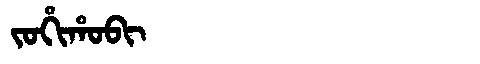
Manchu: ᠵᠣᡥᡳᡥᠣᠪᡳ
Romanization: JOHIHOBI